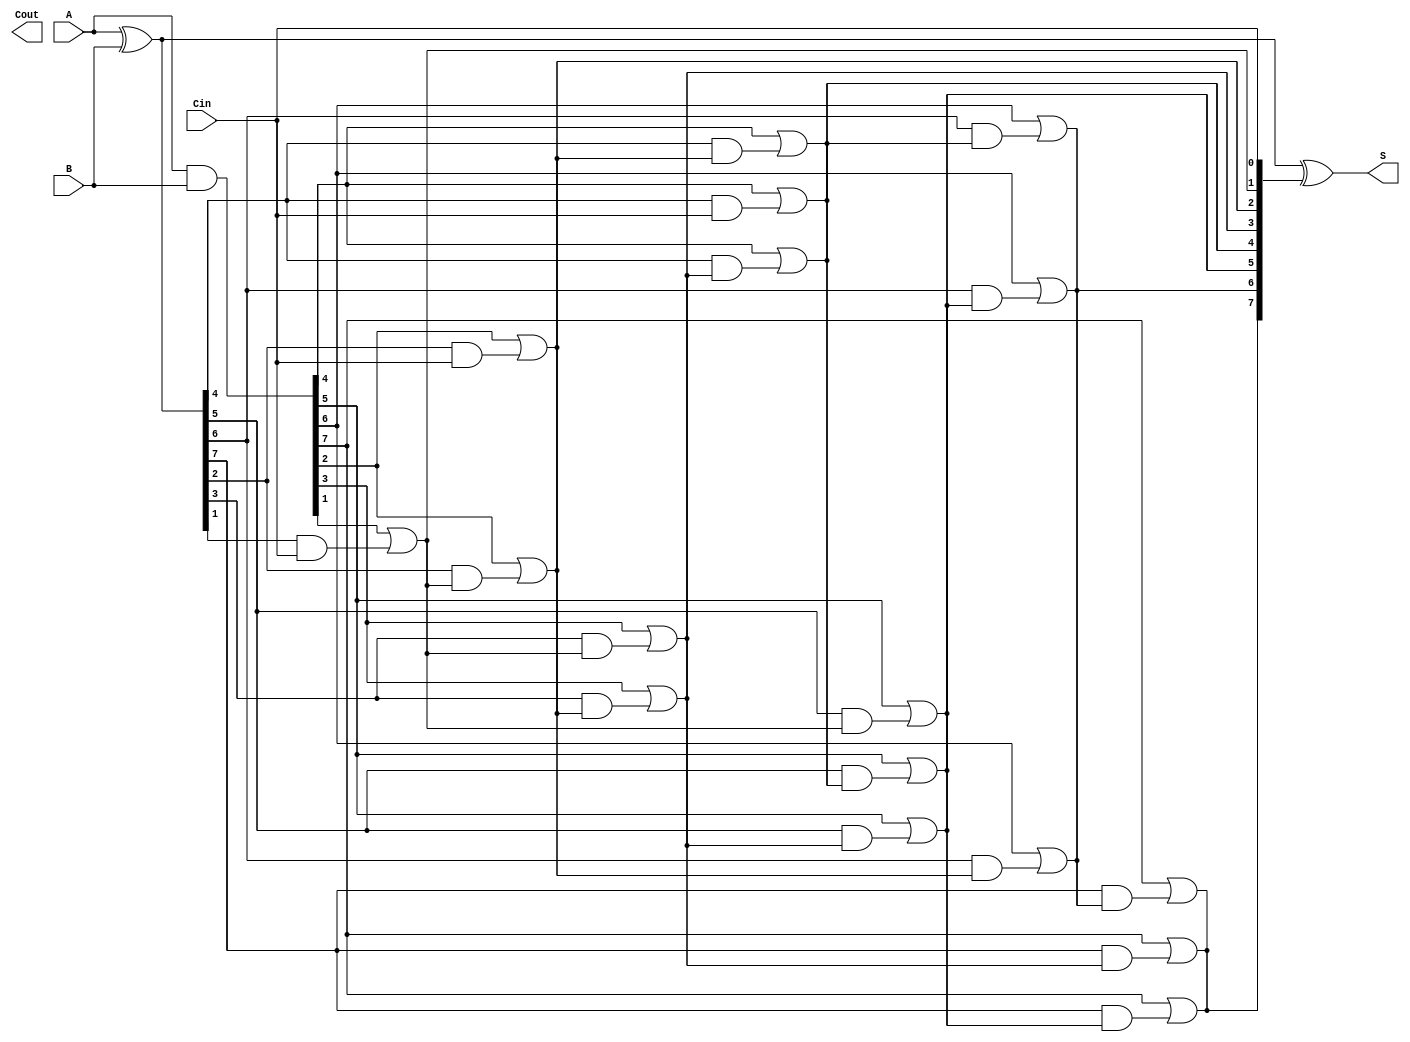
module KoggeStoneAdder #(parameter n = 8) (
    input [n-1:0] A,
    input [n-1:0] B,
    input Cin,
    output [n-1:0] S,
    output Cout
);

    // Generate and Propagate signals
    wire [n-1:0] G; // Generate
    wire [n-1:0] P; // Propagate
    wire [n:0] C;   // Carry

    // Level 0: Calculate G and P
    assign G = A & B;          // Generate
    assign P = A ^ B;          // Propagate
    assign C[0] = Cin;         // Carry-in

    // Carry Generation: Levels 1 to log2(n)
    genvar i, j;
    generate
        for (i = 0; i < $clog2(n); i = i + 1) begin : carry_gen
            for (j = 0; j < n; j = j + 1) begin : carry_level
                if (j >= (1 << i)) begin
                    assign C[j] = G[j] | (P[j] & C[j - (1 << i)]);
                end
            end
        end
    endgenerate

    // Sum Calculation
    assign S = P ^ C[n-1:0]; // Final sum
    assign Cout = C[n];      // Carry-out

endmodule